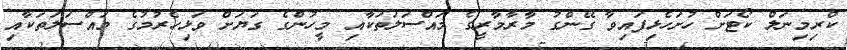
ކްރިމިނަލް ކޯޓަށް ހުށަހެޅިފައިވާ ގޭންގު މާރާމާރީގެ މައްސަލަތަކާއި މީހުންގެ ގަޔަށް ވަޅިހެރުމުގެ މައްސަލަތަކާއި